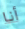
أنا